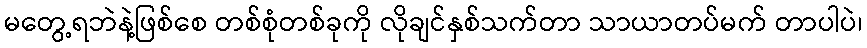
မတွေ့ရဘဲနဲ့ဖြစ်စေ တစ်စုံတစ်ခုကို လိုချင်နှစ်သက်တာ သာယာတပ်မက် တာပါပဲ၊